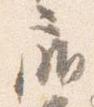
扉